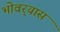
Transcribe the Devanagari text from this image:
भोवर्‍यास